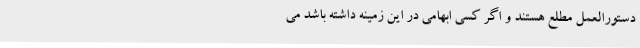
دستورالعمل مطلع هستند و اگر کسی ابهامی در این زمینه داشته باشد می